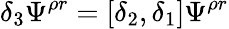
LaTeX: \delta_{3}\Psi^{\rho r}=[\delta_{2},\delta_{1}]\Psi^{\rho r}